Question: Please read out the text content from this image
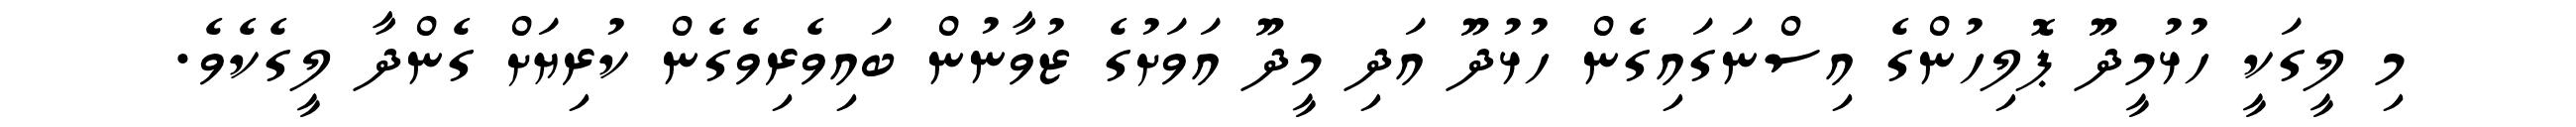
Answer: މި ލީގަކީ ހުޅުމީދޫ ޕޮލިހުންގެ އިސްނަގައިގެން ހުޅުދޫ އަދި މީދޫ އަވަށުގެ ޒުވާނުން ބައިވެރިވެގެން ކުރިޔަށް ގެންދާ ލީގެކެވެ.